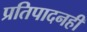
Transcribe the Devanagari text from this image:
प्रतिपादनही